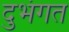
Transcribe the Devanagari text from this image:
दुभंगत